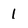
Character: 1